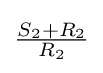
{\tfrac {S_{2}+R_{2}}{R_{2}}}